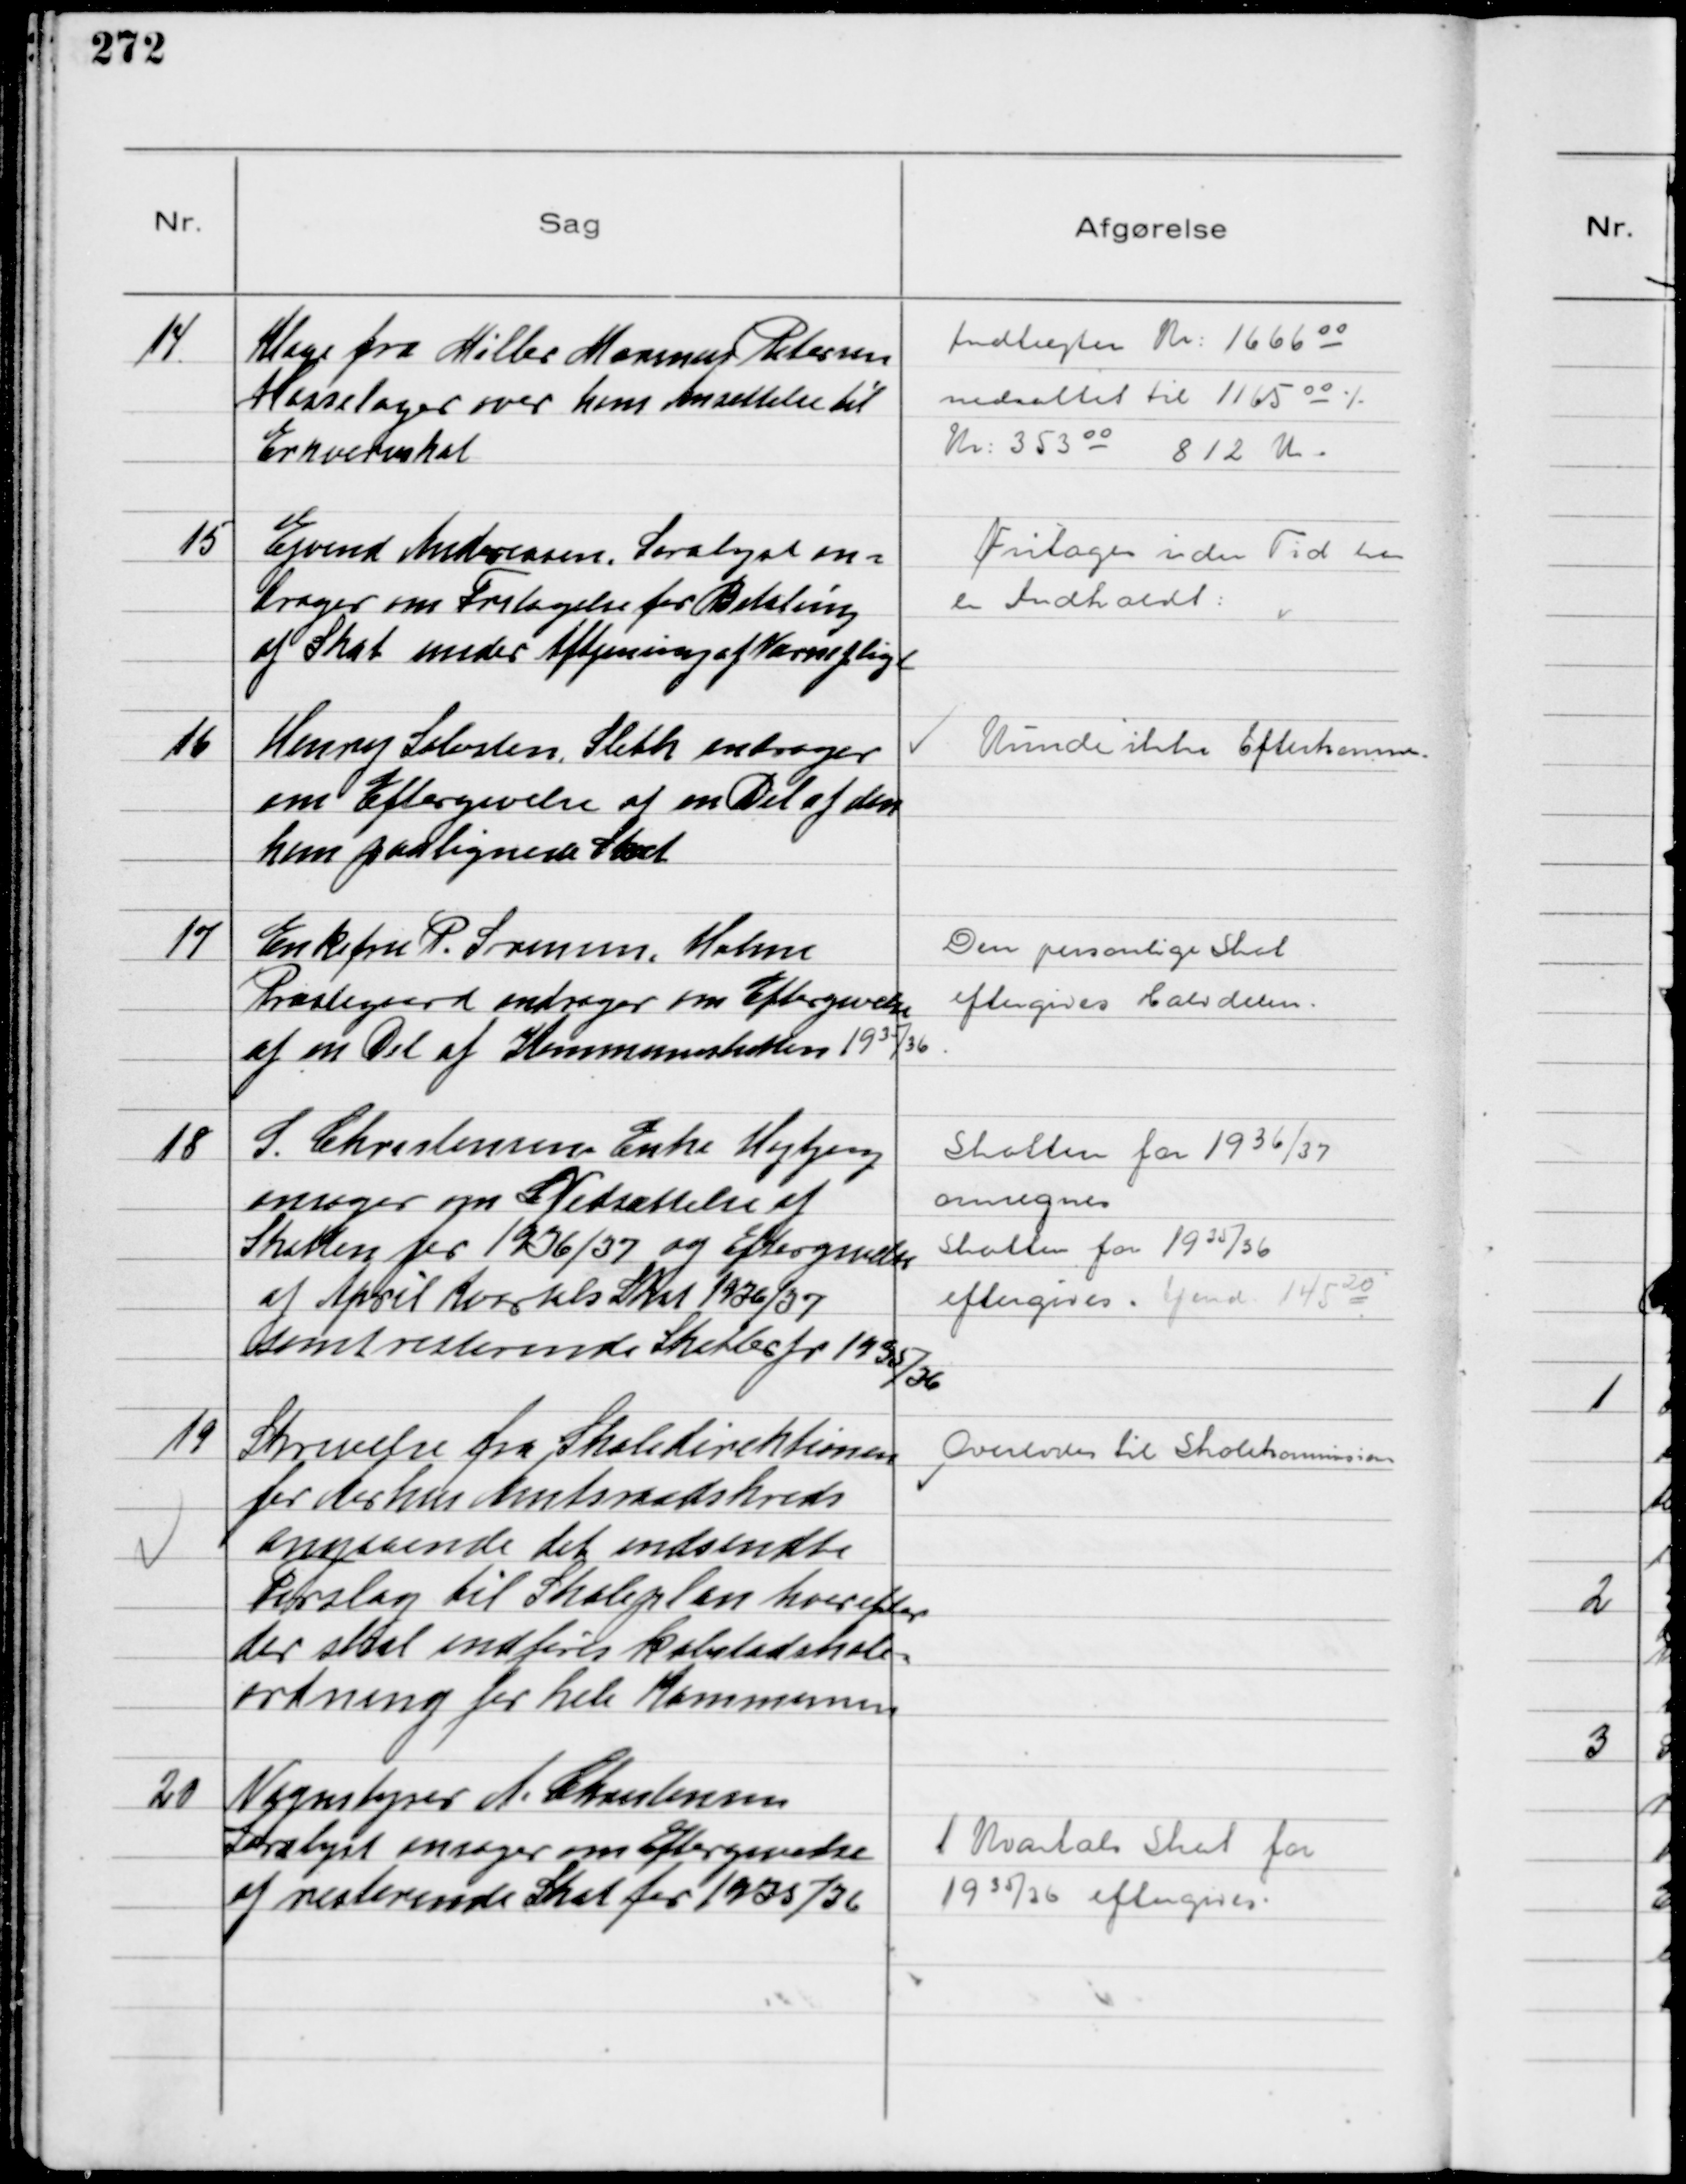
Transskription:
14
Klage fra Møller Marinus Petersen
Hasselager over hans Ansættelse til
Erhvervsskat

Indtægter Kr: 1666 00
nedsattes til 1165 00 ÷
Kr: 353 00     812 Kr.

15
Ejvind Andreasen Saralyst an-
drager om Fritagelse for Betaling
af Skat under Aftjening af Værnepligt

Fritages i den Tid han
er Indkaldt

16
Henry Sølvsten, Sleth andrager
om Eftergivelse af en Del af den
ham paalignede Skat

Kunde ikke Efterkommes

17
Enkefru P. Sørensen, Holme
Præstegaard andrager om Eftergivelse
af en Del af Kommuneskatten 1935/36

Den personlige Skat
eftergives Halvdelen

18
S. Christensens Enke Højbjerg
ansøger om Nedsættelse af
Skatten for 1936/37 og Eftergivelse
af April Kvartals Skat 1936/37
samt resterende Skatter for 1935/36

Skatten for 1936/37
omregnes
Skatten for 1935/36
eftergives. Ejend 14520

19
Skrivelse fra Skoledirektionen
for Aarhus Amtsraadskreds
angaaende det indsendte
Forslag til Skoleplan hvorefter
der skal indføres købstadskole-
ordning for hele Kommunen

Overlodes til Skolekommission

20
Vognstyrer A. Christensen
Saralyst ansøger om Eftergivelse
af resterende Skat for 1935/36

1 Kvartals Skat for
1935/36 eftergives